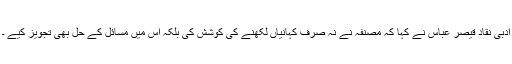
ادبی نقاد قیصر عباس نے کہا کہ مصنفہ نے نہ صرف کہانیاں لکھنے کی کوشش کی بلکہ اس میں مسائل کے حل بھی تجویز کیے ۔